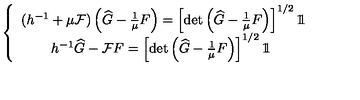
\left\{ \begin{array} { c c } { ( h ^ { - 1 } + \mu \mathcal { F } ) \left( \widehat { G } - \frac { 1 } { \mu } F \right) = \left[ \mathrm { d e t } \left( \widehat { G } - \frac { 1 } { \mu } F \right) \right] ^ { 1 / 2 } 1 \! \! 1 } \\ { h ^ { - 1 } \widehat { G } - \mathcal { F } F = \left[ \mathrm { d e t } \left( \widehat { G } - \frac { 1 } { \mu } F \right) \right] ^ { 1 / 2 } 1 \! \! 1 \ } \\ \end{array} \right.